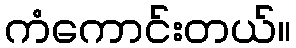
ကံကောင်းတယ်။